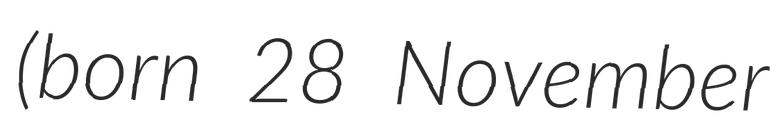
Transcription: (born 28 November